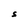
Character: S